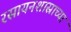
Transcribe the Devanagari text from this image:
रसायनशास्राच्या